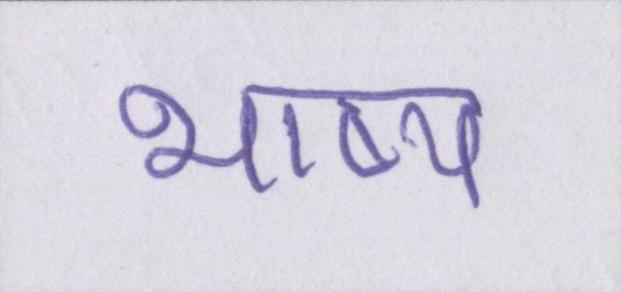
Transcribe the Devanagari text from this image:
भाष्य